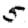
Digit: 5